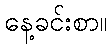
နေ့ခင်းစာ။